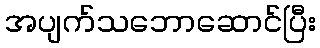
အပျက်သဘောဆောင်ပြီး